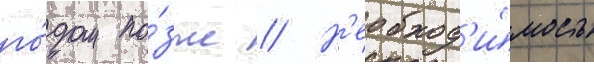
го́дом по́зже // Н'еобход'и́мость